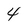
Character: 4